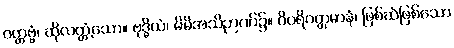
ဝတ္တဗ္ဗံ၊ ဆိုလတ္တံ့သော။ ဗုဒ္ဓိယံ၊ မိမိအသိဉာဏ်၌။ ဝိပရိဝတ္တမာနံ၊ ဖြစ်ဆဲဖြစ်သော